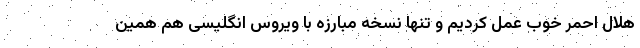
هلال احمر خوب عمل کردیم و تنها نسخه مبارزه با ویروس انگلیسی هم همین